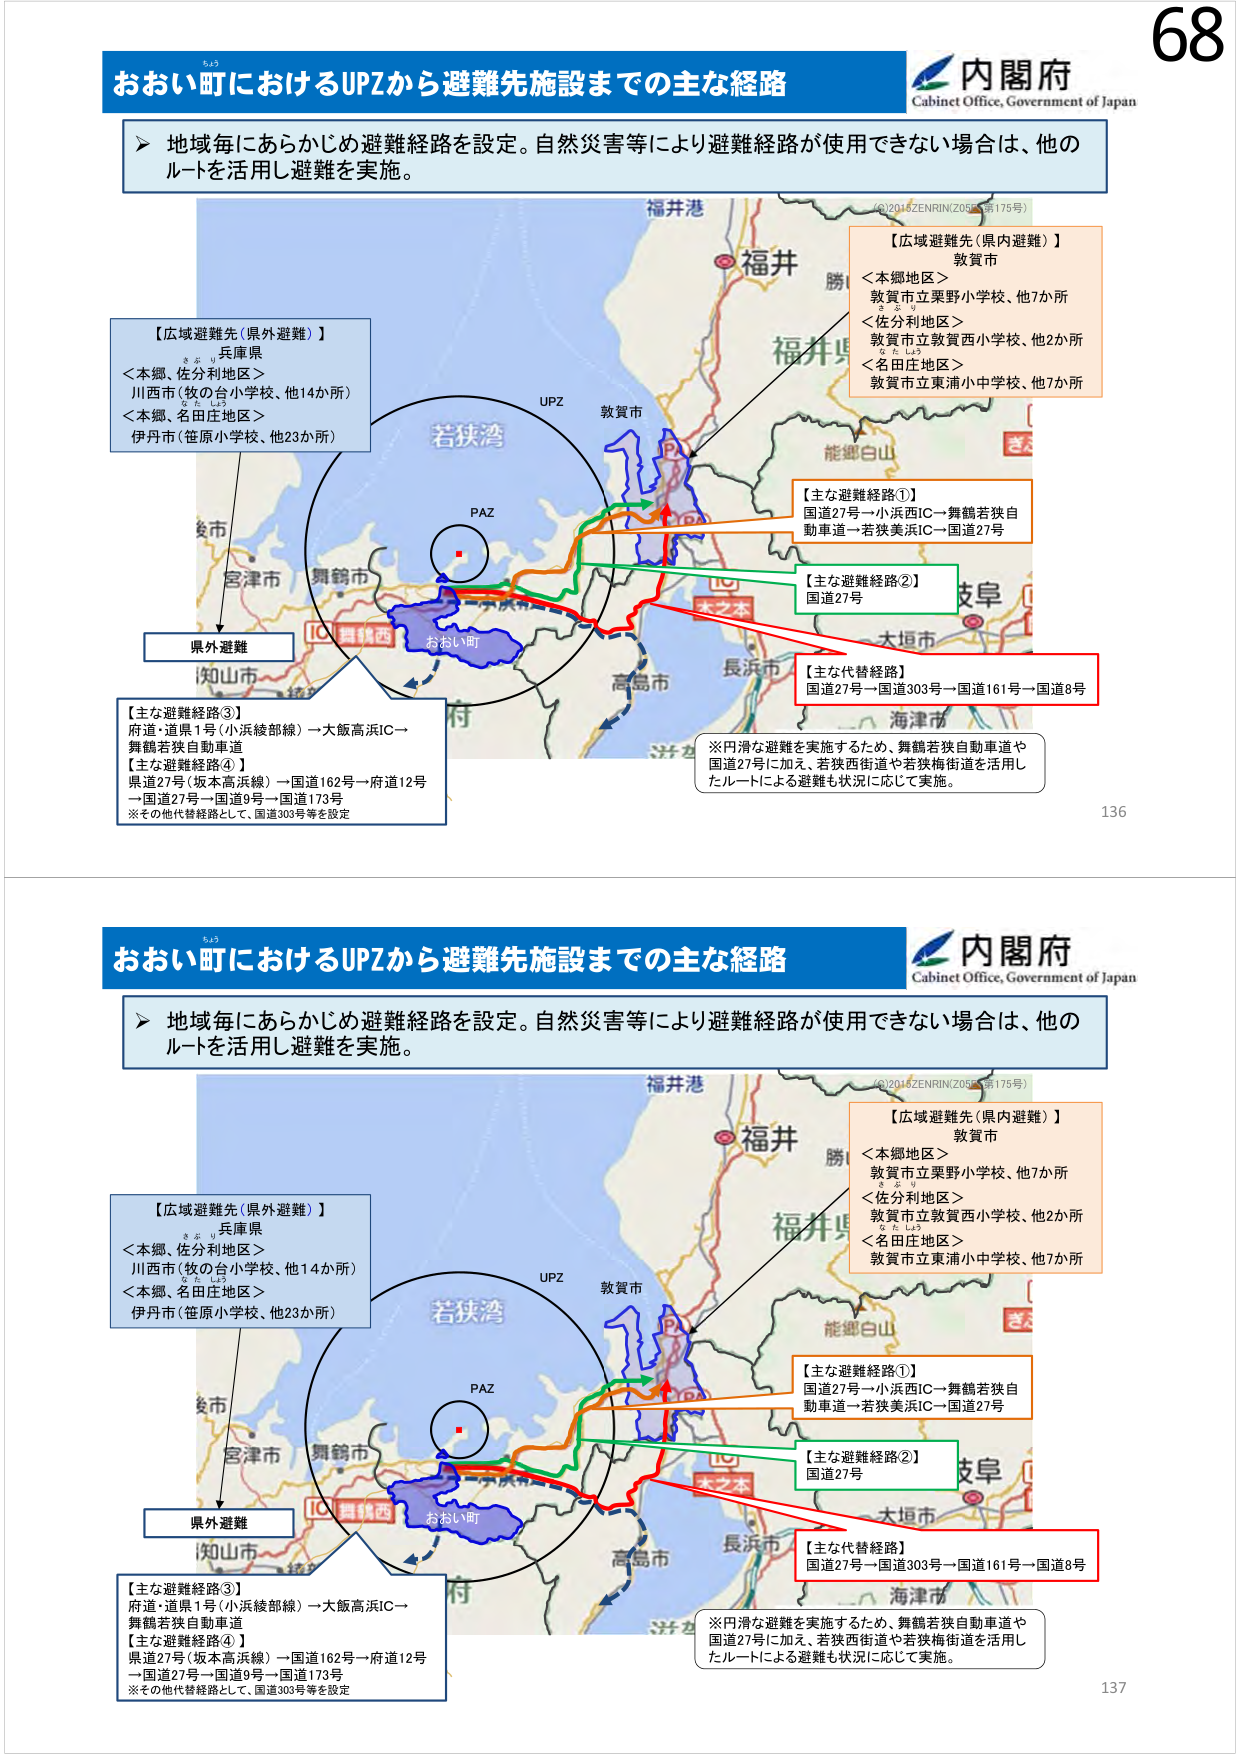
68
おおい町におけるUPZから避難先施設までの主な経路
内閣府
Cabinet Office, Government of Japan
▶ 地域毎にあらかじめ避難経路を設定。自然災害等により避難経路が使用できない場合は、他のルートを活用し避難を実施。
福井港
(©2014 ZENRIN ZOS 175号)
【広域避難先（県内避難）】
敦賀市
＜本郷地区＞
敦賀市立栗野小学校、他7か所
＜佐分利地区＞
敦賀市立敦賀西小学校、他2か所
＜名田庄地区＞
敦賀市立東浦小中学校、他7か所
【広域避難先（県外避難）】
兵庫県
＜本郷、佐分利地区＞
川西市（牧の台小学校、他14か所）
＜本郷、名田庄地区＞
伊丹市（笹原小学校、他23か所）
UPZ
敦賀市
若狭湾
PAZ
舞鶴市
おおい町
【主な避難経路①】
国道27号→小浜西IC→舞鶴若狭自動車道→若狭美浜IC→国道27号
【主な避難経路②】
国道27号
【主な代替経路】
国道27号→国道303号→国道161号→国道8号
※円滑な避難を実施するため、舞鶴若狭自動車道や国道27号に加え、若狭西街道や若狭梅街道を活用したルートによる避難も状況に応じて実施。
【主な避難経路③】
府道・道県1号（小浜綾部線）→大飯高浜IC→舞鶴若狭自動車道
【主な避難経路④】
県道27号（坂本高浜線）→国道162号→府道12号→国道27号→国道9号→国道173号
※その他代替経路として、国道303号等を設定
136

おおい町におけるUPZから避難先施設までの主な経路
内閣府
Cabinet Office, Government of Japan
▶ 地域毎にあらかじめ避難経路を設定。自然災害等により避難経路が使用できない場合は、他のルートを活用し避難を実施。
福井港
(©2014 ZENRIN ZOS 175号)
【広域避難先（県内避難）】
敦賀市
＜本郷地区＞
敦賀市立栗野小学校、他7か所
＜佐分利地区＞
敦賀市立敦賀西小学校、他2か所
＜名田庄地区＞
敦賀市立東浦小中学校、他7か所
【広域避難先（県外避難）】
兵庫県
＜本郷、佐分利地区＞
川西市（牧の台小学校、他14か所）
＜本郷、名田庄地区＞
伊丹市（笹原小学校、他23か所）
UPZ
敦賀市
若狭湾
PAZ
舞鶴市
おおい町
【主な避難経路①】
国道27号→小浜西IC→舞鶴若狭自動車道→若狭美浜IC→国道27号
【主な避難経路②】
国道27号
【主な代替経路】
国道27号→国道303号→国道161号→国道8号
※円滑な避難を実施するため、舞鶴若狭自動車道や国道27号に加え、若狭西街道や若狭梅街道を活用したルートによる避難も状況に応じて実施。
【主な避難経路③】
府道・道県1号（小浜綾部線）→大飯高浜IC→舞鶴若狭自動車道
【主な避難経路④】
県道27号（坂本高浜線）→国道162号→府道12号→国道27号→国道9号→国道173号
※その他代替経路として、国道303号等を設定
137